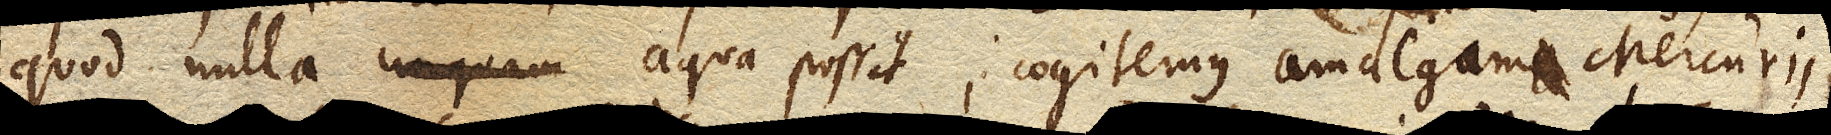
quod nulla aqua possit, cogitemus amalgama Mercurii